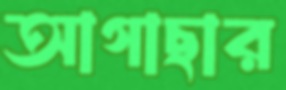
আগাছার